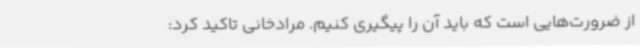
از ضرورت‌هایی است که باید آن را پیگیری کنیم. مرادخانی تاکید کرد: